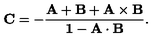
\bf { C } = - \frac { \bf { A } + \bf { B } + \bf { A } \times \bf { B } } { 1 - \bf { A } \cdot \bf { B } } .